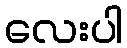
လေးပါ